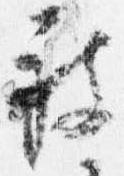
被